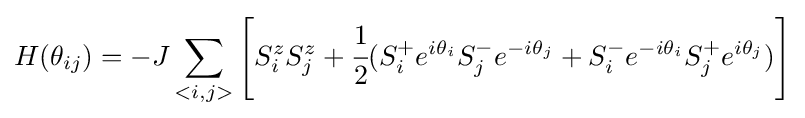
H(\theta _{ij})=-J\sum _{<i,j>}\left[S_{i}^{z}S_{j}^{z}+{\cfrac {1}{2}}(S_{i}^{+}e^{i\theta _{i}}S_{j}^{-}e^{-i\theta _{j}}+S_{i}^{-}e^{-i\theta _{i}}S_{j}^{+}e^{i\theta _{j}})\right]